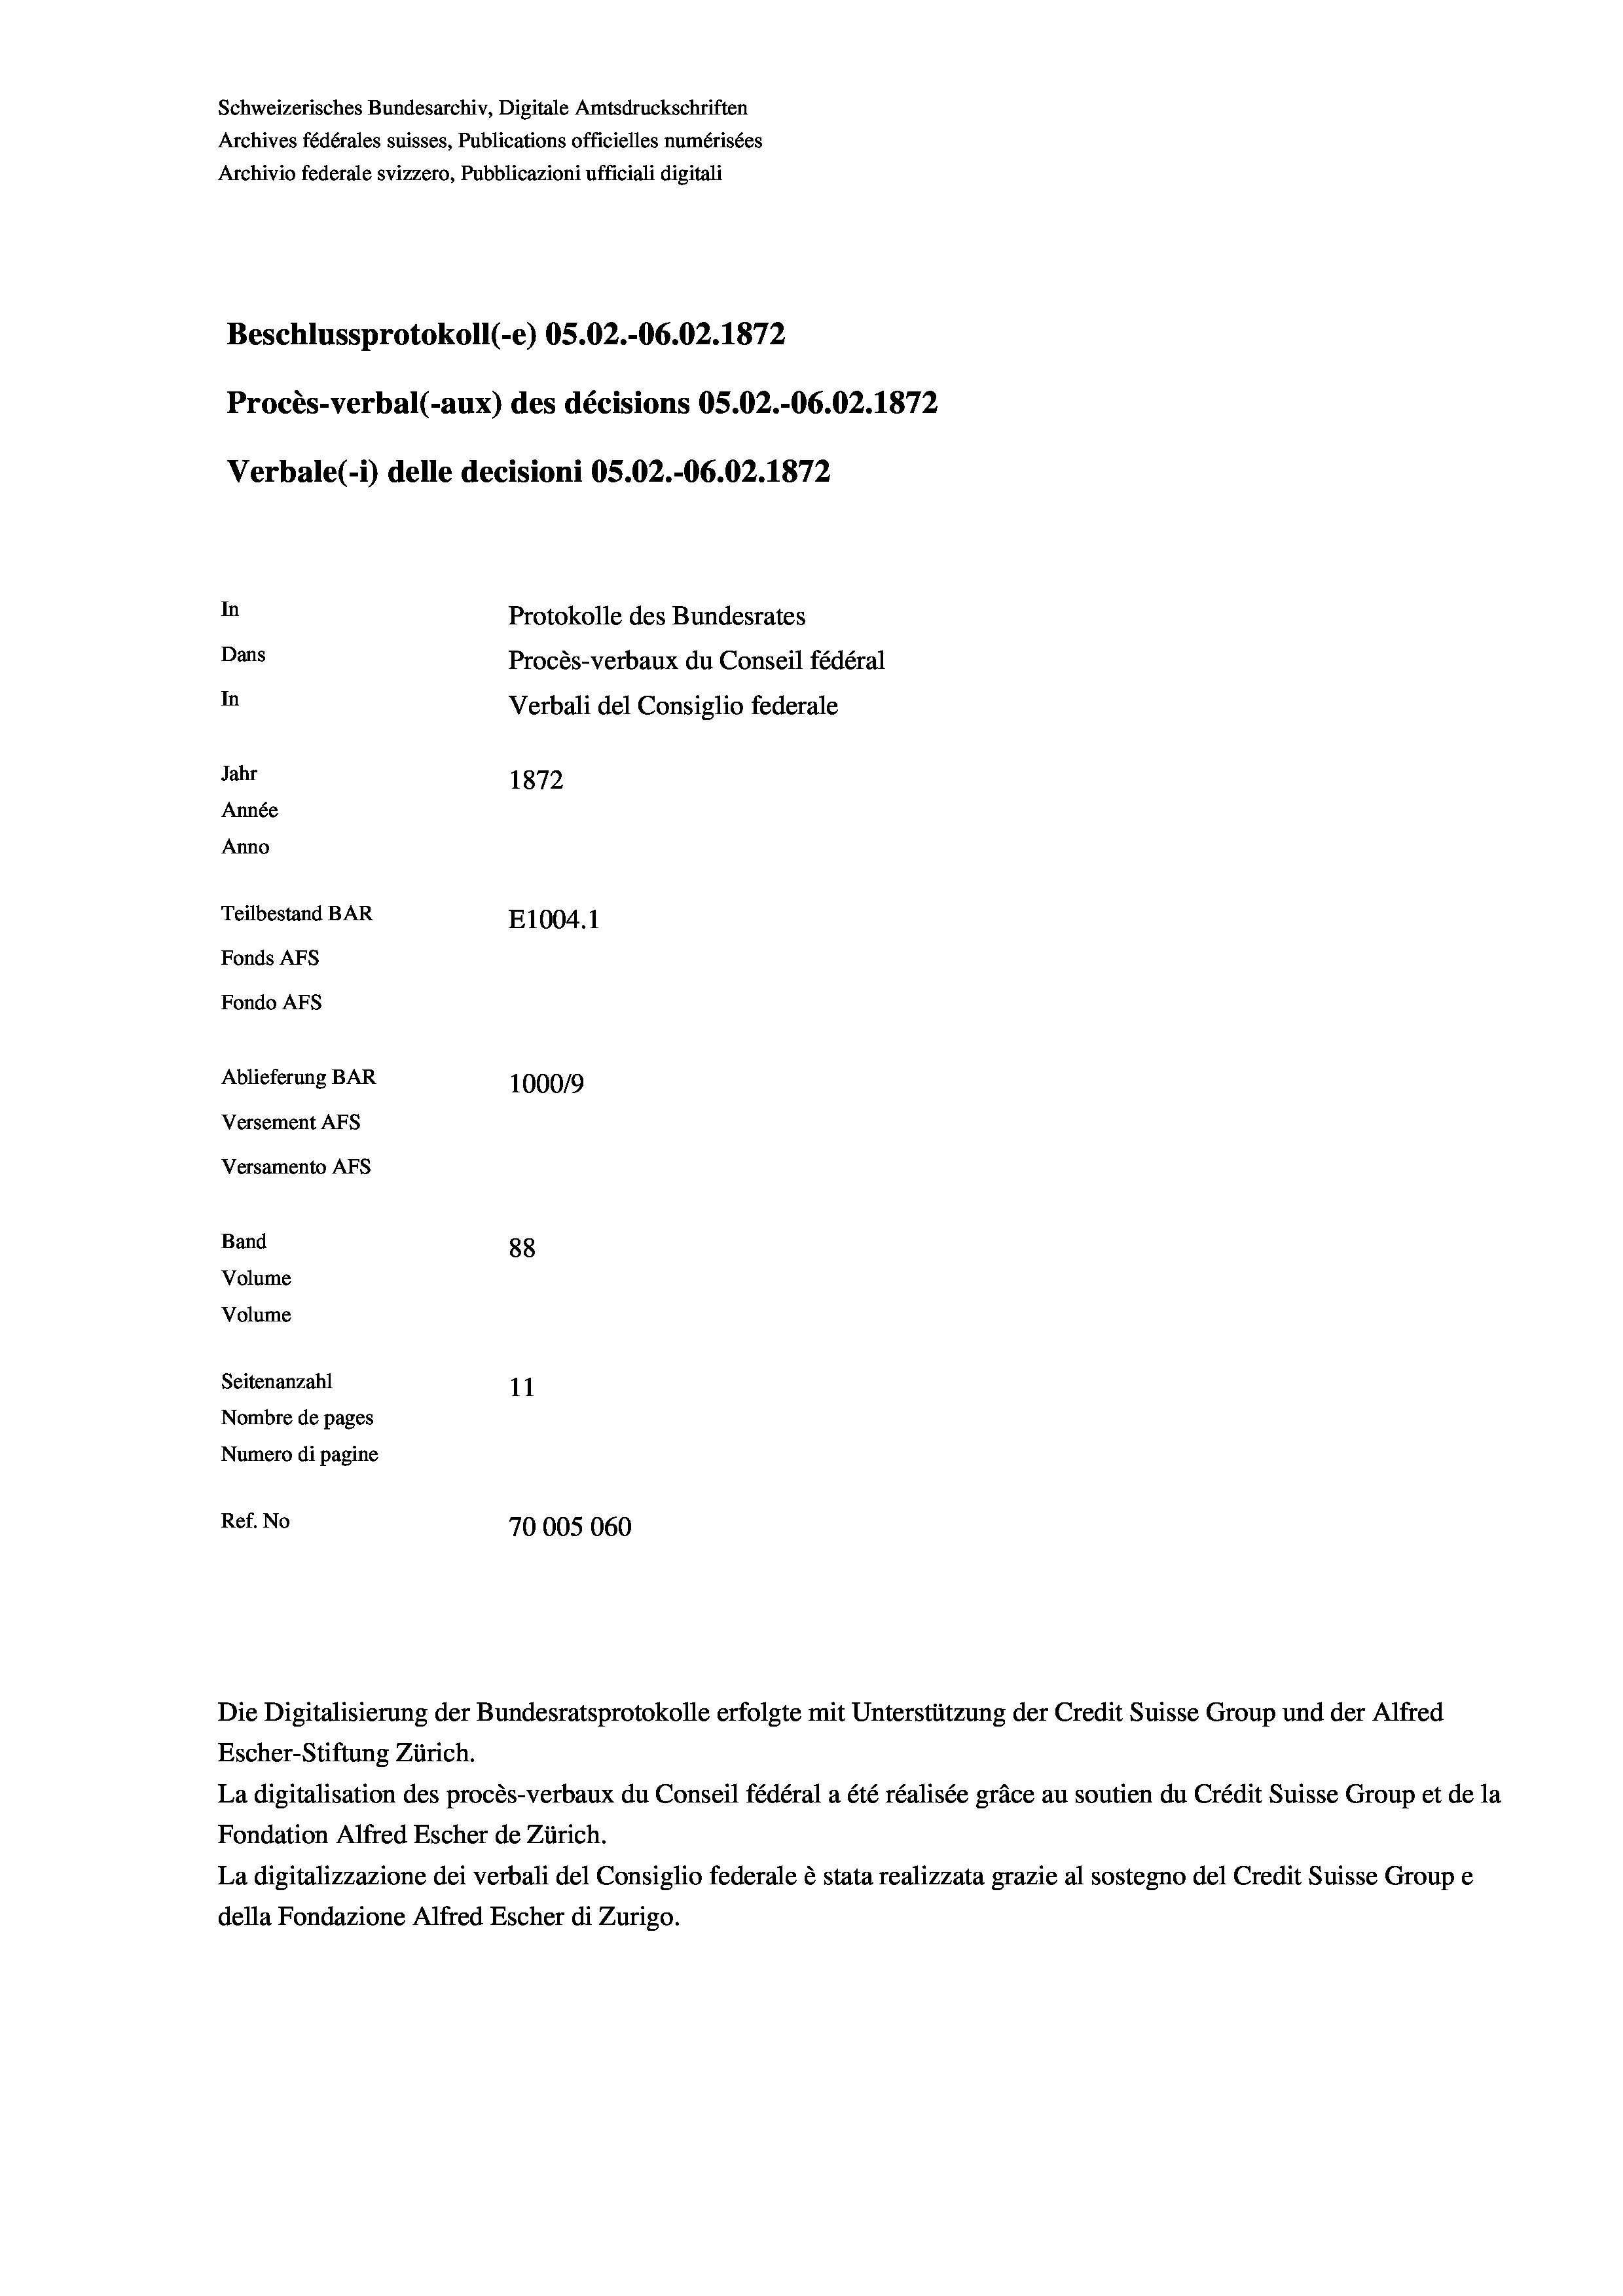
Schweizerisches Bundesarchiv, Digitale Amtsdruckschriften
Archives fédérales suisses, Publications officielles numérisées
Archivio federale svizzero, Pubblicazioni ufficiali digitali
Beschlussprotokoll (-e) OS.02.-O6.02. 1872
Procès-verbal (-aux) des décisions OS.02.-06.02. 1872
Verbale (i) delle decisioni OS.02.-O6.02. 1872
In
Protokolle des Bundesrates
Dans
Procès-verbaux du Conseil fédéral
In
Verbali del Consiglio federale
Jahr
1872
Année
Anno
Teilbestand BAR
E1004. 1
Fonds AFs
Fondo Afs
Ablieferung BAR
100019
Versement AFs
Versamento AFs
Band
88
Volume
Volume
Seitenanzahl
11
Nombre de pages
Numero di pagine
Ref. No
70005060

Escher-Stiftung Zürich.
La digitalisation des procès-verbaux du Conseil fédéral a été réalisée gräce au soutien du Crédit Suisse Group et de la
Fondation Alfred Escher de Zürich.
La digitalizzazione dei verbali del Consiglio federale è stata realizzata grazie al sostegno del Credit Suisse Groupe
della Fondazione Alfred Escher di Zurigo.

Die Digitalisierung der Bundesratsprotokolle erfolgte mit Unterstützung der Credit Suisse Group und der Alfred